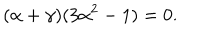
( \alpha + \gamma ) ( 3 \alpha ^ { 2 } - 1 ) = 0 .